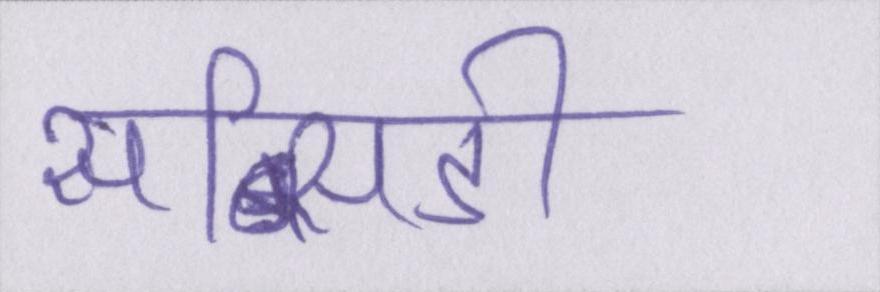
सब्सिडी